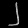
Digit: ၂